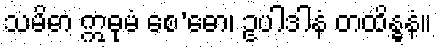
သမိဓာ ဣဓုမံ စေ’ဓော၊ ဥပါဒါနံ တထိန္ဓနံ။